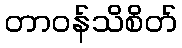
တာဝန်သိစိတ်